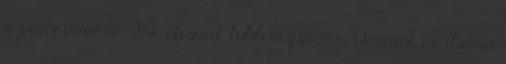
a piaci árakon. Sok olvasat, több inspiráció Orsósék mostanra